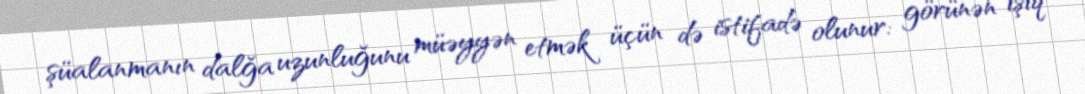
şüalanmanın dalğa uzunluğunu müəyyən etmək üçün də istifadə olunur: görünən işıq